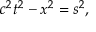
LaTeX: c ^ { 2 } t ^ { 2 } - x ^ { 2 } = s ^ { 2 } ,